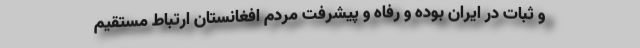
و ثبات در ایران بوده و رفاه و پیشرفت مردم افغانستان ارتباط مستقیم